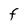
Character: F